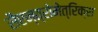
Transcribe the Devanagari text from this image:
सैएन्त्रोमेत्रिक्स